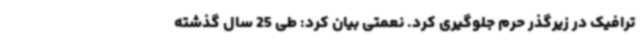
ترافیک در زیرگذر حرم جلوگیری کرد. نعمتی بیان کرد: طی 25 سال گذشته